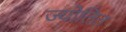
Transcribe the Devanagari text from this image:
ज्योतित